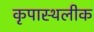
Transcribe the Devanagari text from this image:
कृपास्थलीक